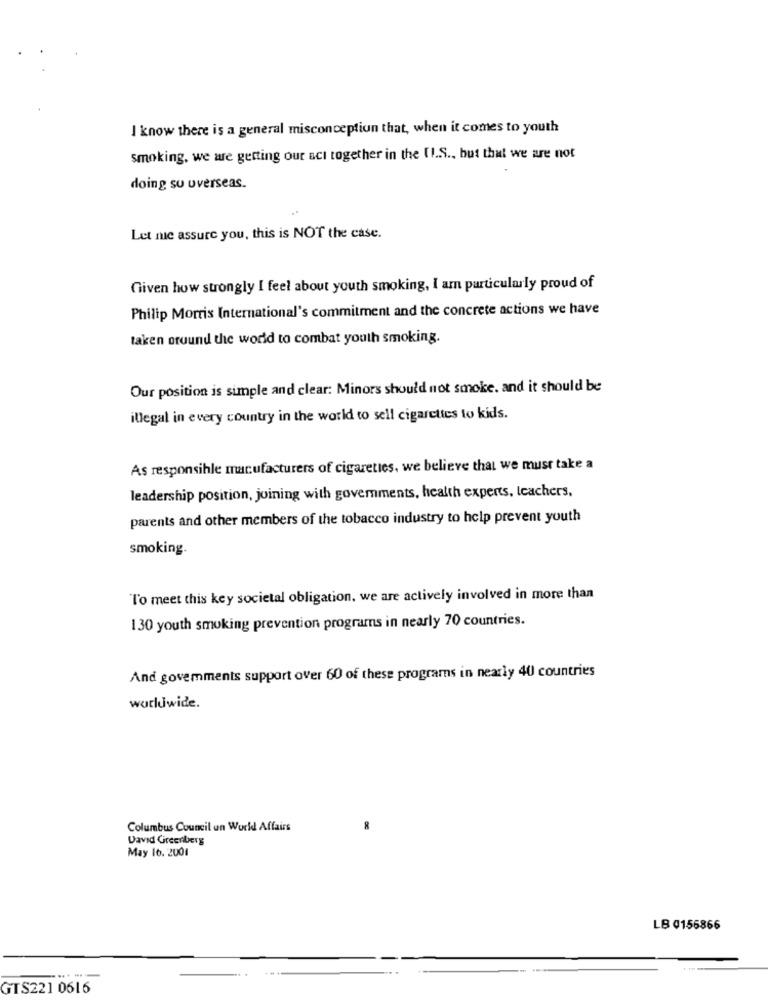
I know there is a general misconception that, when it comes to youth
smoking, we are getting our act together in the II.S ., but that we are not
doing su overseas.
Let me assure you, this is NOT the case.
Given how strongly I feel about youth smoking, I am particularly proud of
Philip Morris International's commitment and the concrete actions we have
taken oruund the world to combat youth smoking.
Our position is simple and clear: Minors should not smoke. and it should be
illegal in every country in the world to sell cigarettes to kids.
As responsible manufacturers of cigarettes, we believe that we must take a
leadership position, joining with governments, health experts, teachers,
parents and other members of the tobacco industry to help prevent youth
smoking.
To meet this key societal obligation, we are actively involved in more than
130 youth smoking prevention programs in nearly 70 countries.
And govemments support over 60 of these programs in nearly 40 countries
worldwide.
Columbus Council un World Affairs
David Greenberg
May 16. 2001
LB 0156866
GTS221 0616